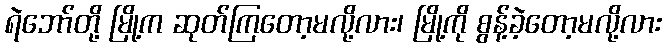
ရဲဘော်တို့ မြို့က ဆုတ်ကြတော့မလို့လား၊ မြို့ကို စွန့်ခဲ့တော့မလို့လား